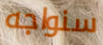
سنواجه